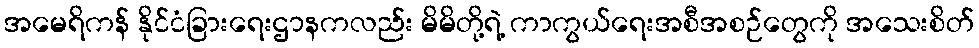
အမေရိကန် နိုင်ငံခြားရေးဌာနကလည်း မိမိတို့ရဲ့ ကာကွယ်ရေးအစီအစဉ်တွေကို အသေးစိတ်